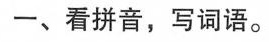
一、看拼音，写词语。